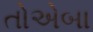
તોએબા